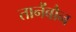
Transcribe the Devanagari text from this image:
तानेंबौन